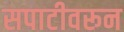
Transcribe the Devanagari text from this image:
सपाटीवरून